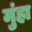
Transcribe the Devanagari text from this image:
मुंहा